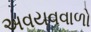
અવયવવાળો